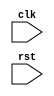
module behavioral_block (
  input clk,
  input rst
);
  
  reg out;
  
  always @(posedge clk or negedge rst) begin
    // Define behavior or functionality here
  end

endmodule